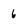
Character: 6